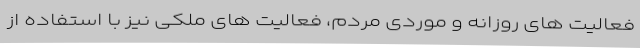
فعالیت های روزانه و موردی مردم، فعالیت های ملکی نیز با استفاده از